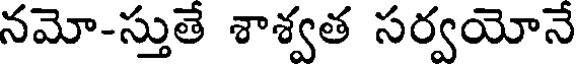
నమో-స్తుతే శాశ్వత సర్వయోనే